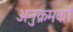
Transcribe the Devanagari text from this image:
अनुक्रमकों